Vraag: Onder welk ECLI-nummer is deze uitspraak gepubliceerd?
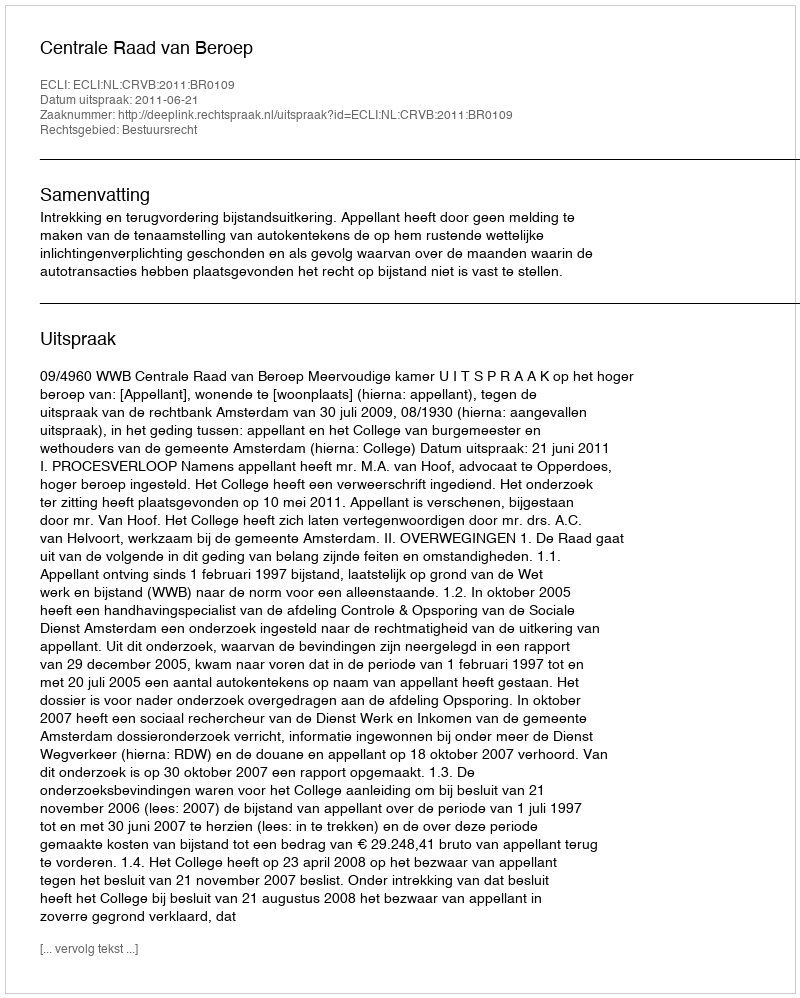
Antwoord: ECLI:NL:CRVB:2011:BR0109